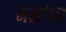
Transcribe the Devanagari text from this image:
नसांना